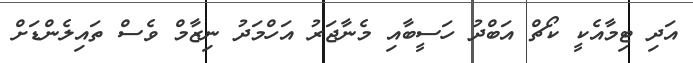
އަދި ޓިމާއެކީ ކޯޗް އަބްދު ހަސީބާއި މެނާޖަރު އަހްމަދު ނިޒާމް ވެސް ތައިލެންޑަށް